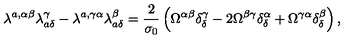
\lambda ^ { a , \alpha \beta } \lambda _ { a \delta } ^ { \gamma } - \lambda ^ { a , \gamma \alpha } \lambda _ { a \delta } ^ { \beta } = \frac { 2 } { \sigma _ { 0 } } \left( \Omega ^ { \alpha \beta } \delta _ { \delta } ^ { \gamma } - 2 \Omega ^ { \beta \gamma } \delta _ { \delta } ^ { \alpha } + \Omega ^ { \gamma \alpha } \delta _ { \delta } ^ { \beta } \right) ,